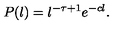
P ( l ) = l ^ { - \tau + 1 } e ^ { - c l } . \,